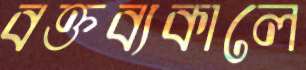
বক্তব্যকালে